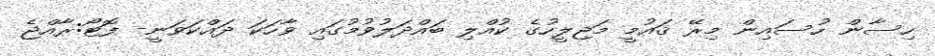
ހިސާން ހުސައިން މިރޭ ޤައުމީ މަޖިލީހުގެ ކުއްލި ބައްދަލުވުމުގައި ވާހަކަ ދައްކަވަނީ- ފޮޓޯ:ރާއްޖެ